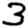
Digit: 3